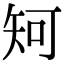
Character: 𥎵